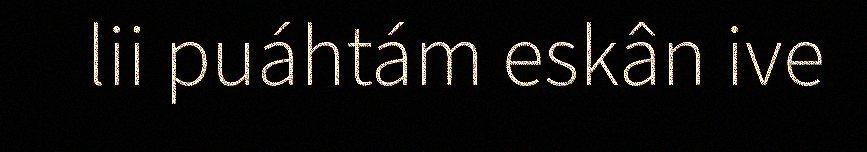
lii puáhtám eskân ive